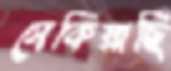
সেকিয়াছি